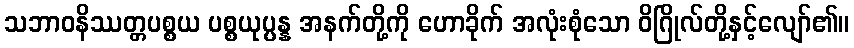
သဘာဝနိဿတ္တပစ္စယ ပစ္စယုပ္ပန္န အနက်တို့ကို ဟောခိုက် အလုံးစုံသော ဝိဂြိုလ်တို့နှင့်လျော်၏။